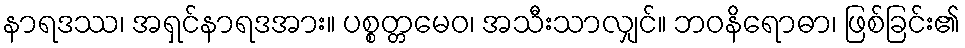
နာရဒဿ၊ အရှင်နာရဒအား။ ပစ္စတ္တမေဝ၊ အသီးသာလျှင်။ ဘဝနိရောဓာ၊ ဖြစ်ခြင်း၏